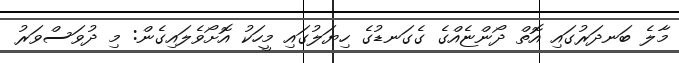
މާލެ ބަނދަރުގައި އޮތް ދޯންޏެއްގެ ގެގަނޑުގެ ހިޔަލުގައި މީހަކު އޮށޯވެލައިގެން: މި ދުވަސްވަރު